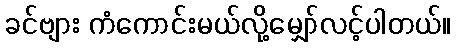
ခင်ဗျား ကံကောင်းမယ်လို့မျှော်လင့်ပါတယ်။